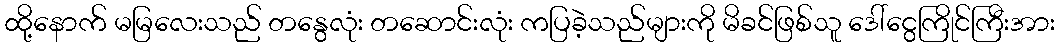
ထို့နောက် မမြလေးသည် တနွေလုံး တဆောင်းလုံး ကပြခဲ့သည်များကို မိခင်ဖြစ်သူ ဒေါ်ငွေကြိုင်ကြီးအား